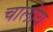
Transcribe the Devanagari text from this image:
चालोय